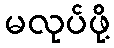
မလုပ်ဖို့